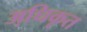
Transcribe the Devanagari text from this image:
अधि़कृत